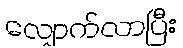
လျှောက်လာပြီး